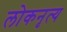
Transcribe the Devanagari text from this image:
लोकनृत्‍य